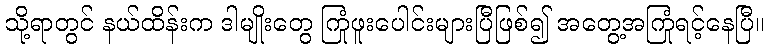
သို့ရာတွင် နယ်ထိန်းက ဒါမျိုးတွေ ကြုံဖူးပေါင်းများပြီဖြစ်၍ အတွေ့အကြုံရင့်နေပြီ။